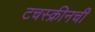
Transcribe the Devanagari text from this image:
टचस्क्रीनची